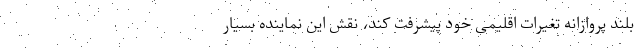
بلند پروازانه تغیرات اقلیمی خود پیشرفت کند، نقش این نماینده بسیار